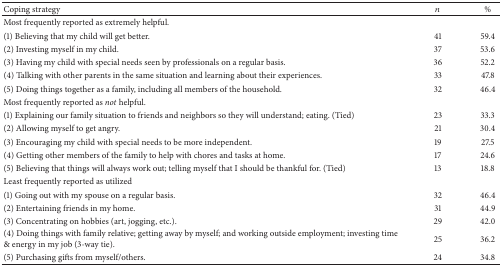
| Coping strategy | n | % |
 | --- | --- | --- |
 | Most frequently reported as extremely helpful. |  |  |
 | (1) Believing that my child will get better. | 41 | 59.4 |
 | (2) Investing myself in my child. | 37 | 53.6 |
 | (3) Having my child with special needs seen by professionals on a regular basis. | 36 | 52.2 |
 | (4) Talking with other parents in the same situation and learning about their experiences. | 33 | 47.8 |
 | (5) Doing things together as a family, including all members of the household. | 32 | 46.4 |
 | Most frequently reported as not helpful. |  |  |
 | (1) Explaining our family situation to friends and neighbors so they will understand; eating. (Tied) | 23 | 33.3 |
 | (2) Allowing myself to get angry. | 21 | 30.4 |
 | (3) Encouraging my child with special needs to be more independent. | 19 | 27.5 |
 | (4) Getting other members of the family to help with chores and tasks at home. | 17 | 24.6 |
 | (5) Believing that things will always work out; telling myself that I should be thankful for. (Tied) | 13 | 18.8 |
 | Least frequently reported as utilized |  |  |
 | (1) Going out with my spouse on a regular basis. | 32 | 46.4 |
 | (2) Entertaining friends in my home. | 31 | 44.9 |
 | (3) Concentrating on hobbies (art, jogging, etc.). | 29 | 42.0 |
 | (4) Doing things with family relative; getting away by myself; and working outside employment; investing time & energy in my job (3-way tie). | 25 | 36.2 |
 | (5) Purchasing gifts from myself/others. | 24 | 34.8 |